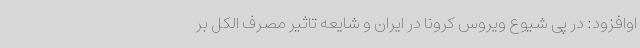
اوافزود: در پی شیوع ویروس کرونا در ایران و شایعه تاثیر مصرف الکل بر